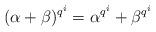
LaTeX: \begin{align*}(\alpha+\beta)^{q^i}=\alpha^{q^i}+\beta^{q^i}\end{align*}